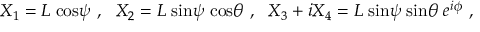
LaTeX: X _ { 1 } = L \; \mathrm { c o s } \psi \ , \ \ X _ { 2 } = L \; \mathrm { s i n } \psi \; \mathrm { c o s } \theta \ , \ \ X _ { 3 } + i X _ { 4 } = L \; \mathrm { s i n } \psi \; \mathrm { s i n } \theta \; e ^ { i \phi } \ ,